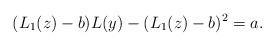
LaTeX: \begin{align*}(L_1(z)-b)L(y)-(L_1(z)-b)^2=a.\end{align*}